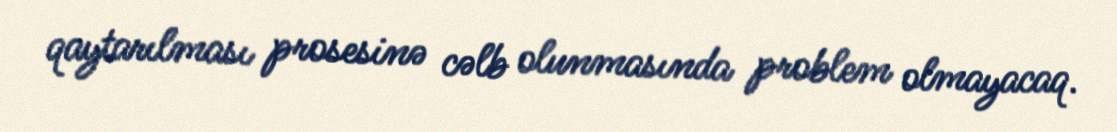
qaytarılması prosesinə cəlb olunmasında problem olmayacaq.